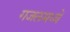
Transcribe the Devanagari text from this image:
गजलमध्ये